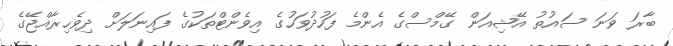
ބާރަ ވަނަ ސައުތު އޭޝިއަން ގޭމްސްގެ އެންމެ ފަހުދުވަހުގެ އިވެންޓްތަކުގެ ފައިނަލަށް ދިވެހިރާއްޖޭގެ